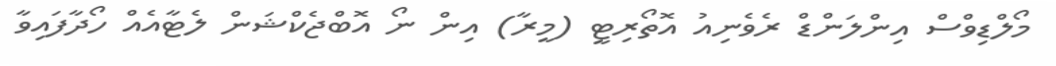
މޯލްޑިވްސް އިންލަންޑް ރެވެނިއު އޮތޯރިޓީ (މީރާ) އިން ނޯ އޮބްޖެކްޝަން ލެޓާއެއް ހޯދާފައިވާ